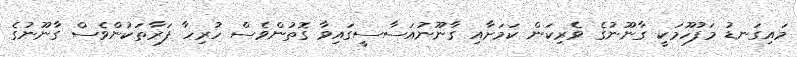
މައިގަނޑު މަފުހޫމަކީ ގާނޫނުގެ ވެރިކަން ކަމަށާއި ގާނޫނުއަސާސީގައިވާ ގޮތުންވެސް ހުރިހާ ފަރާތަކުންވެސް ގާނޫނުގެ